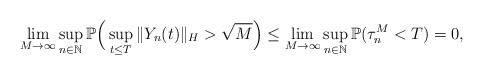
LaTeX: \begin{align*}\lim_{M\rightarrow\infty} \sup_{n\in\mathbb{N}}\mathbb{P}\Big(\sup_{t\leq T}\Vert Y_n(t)\Vert_H >\sqrt{M}\Big) \leq \lim_{M\rightarrow\infty} \sup_{n\in\mathbb{N}}\mathbb{P}(\tau_{n}^M <T) =0 ,\end{align*}